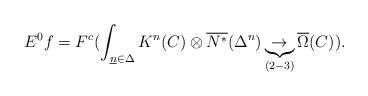
LaTeX: \begin{align*}E^0f = F^c(\int_{\underline{n}\in\Delta}K^n(C)\otimes\overline{N^*}(\Delta^n)\underbrace{\rightarrow}_{(2-3)} \overline{\Omega}(C)).\end{align*}